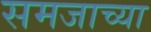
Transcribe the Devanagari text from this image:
समजाच्या